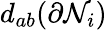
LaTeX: d_{ab}(\partial\mathcal N_{i})